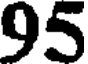
95